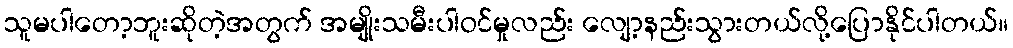
သူမပါတော့ဘူးဆိုတဲ့အတွက် အမျိုးသမီးပါဝင်မှုလည်း လျော့နည်းသွားတယ်လို့ပြောနိုင်ပါတယ်။